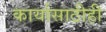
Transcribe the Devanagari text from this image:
कार्यासाठीही